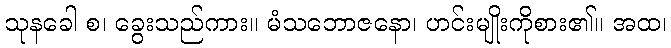
သုနခေါ စ၊ ခွေးသည်ကား။ မံသဘောဇနော၊ ဟင်းမျိုးကိုစား၏။ အထ၊